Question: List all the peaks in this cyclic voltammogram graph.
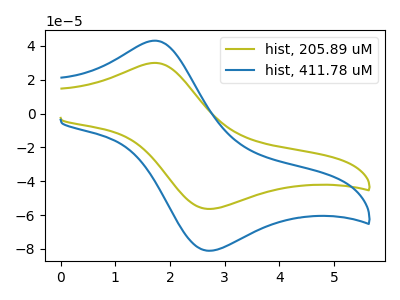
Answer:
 <answer>The olive curve "hist, 205.89 uM" has an anodic peak at (1.75V, 30.00uA) and a cathodic peak at (2.75V, -56.30uA). The blue curve "hist, 411.78 uM" has an anodic peak at (1.75V, 43.10uA) and a cathodic peak at (2.75V, -81.00uA).</answer>
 <eval></eval>